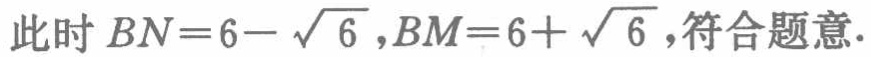
此时 \(BN = 6 - \sqrt{6},BM = 6 + \sqrt{6}\),符合题意.